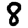
Digit: 8